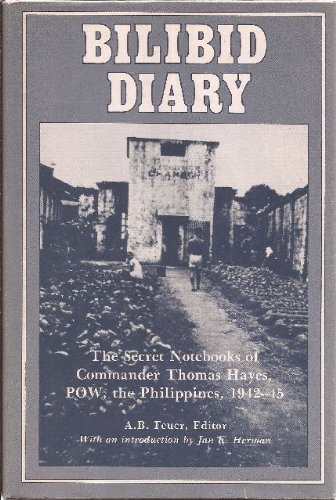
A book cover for Bilibid Diary: The Secret Notebooks of Commander Thomas Hayes, POW, the Philippines, 1942-45; History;